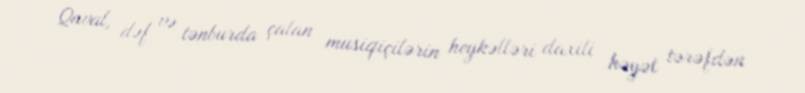
Qaval, dəf və tənburda çalan musiqiçilərin heykəlləri daxili həyət tərəfdən